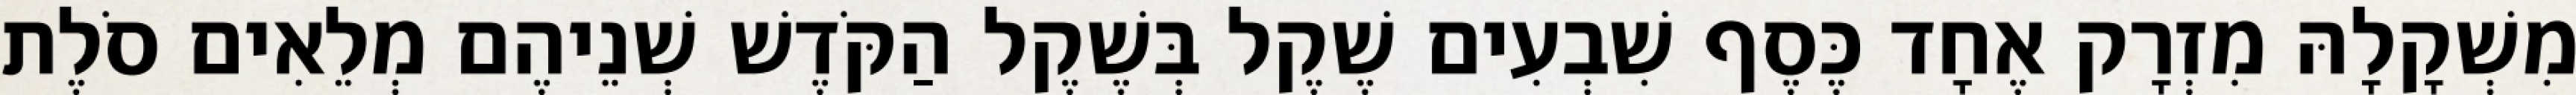
מִשְׁקָלָהּ מִזְרָק אֶחָד כֶּסֶף שִׁבְעִים שֶׁקֶל בְּשֶׁקֶל הַקֹּדֶשׁ שְׁנֵיהֶם מְלֵאִים סֹלֶת